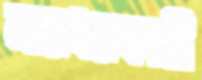
মারধরকারী